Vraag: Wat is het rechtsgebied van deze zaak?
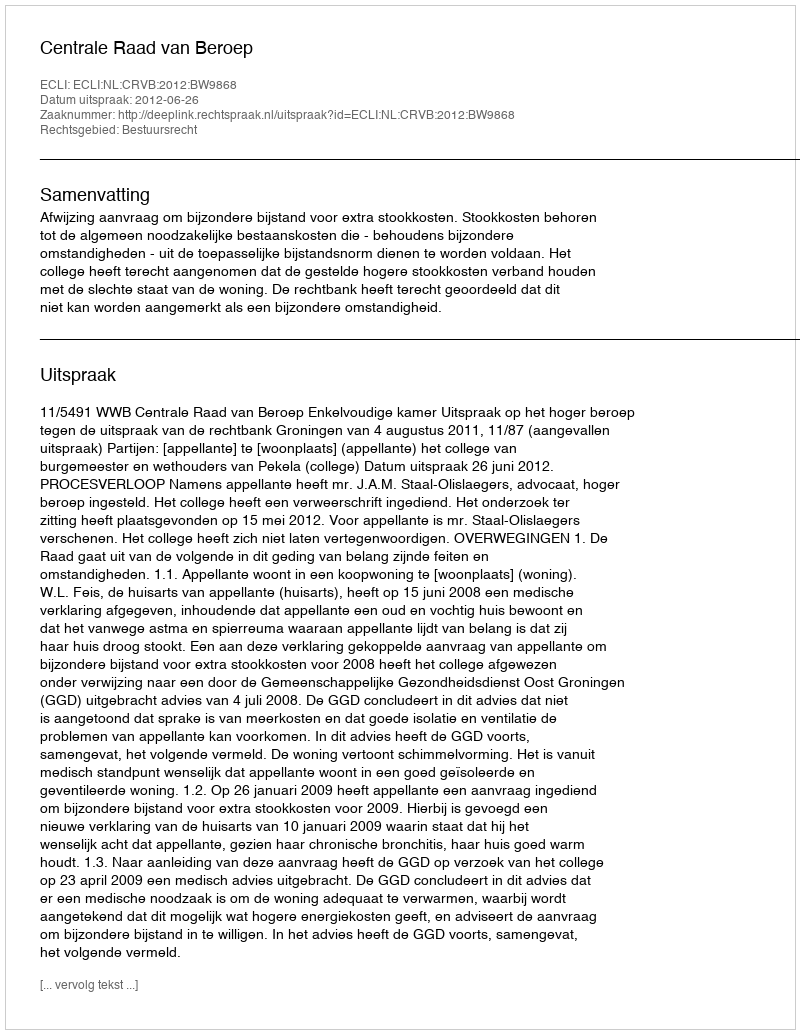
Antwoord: Bestuursrecht